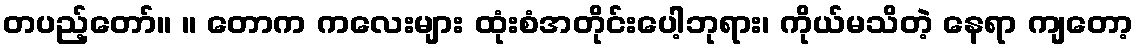
တပည့်တော်။ ။ တောက ကလေးများ ထုံးစံအတိုင်းပေါ့ဘုရား၊ ကိုယ်မသိတဲ့ နေရာ ကျတော့